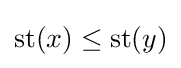
\operatorname {st} (x)\leq \operatorname {st} (y)